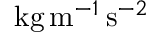
\mathrm { k g } \, \mathrm { m } ^ { - 1 } \, \mathrm { s } ^ { - 2 }